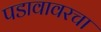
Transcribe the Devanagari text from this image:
पडावावरचा